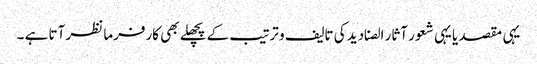
یہی مقصد یا یہی شعور آثار الصنادید کی تالیف و ترتیب کے پچھلے بھی کارفرما نظر آتا ہے ۔